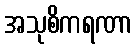
အသုစိကရဏာ